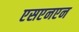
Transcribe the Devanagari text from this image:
एसएनएन